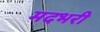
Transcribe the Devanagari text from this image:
मदभरी